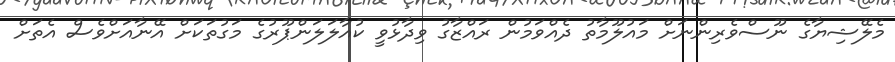
މެލޭޝިޔާގެ ނޫސްވެރިންނަށް މައުލޫމާތު ދެއްވަމުން ރައްޒާގު ވިދާޅުވީ ކުއާލަލަންޕޫރުގެ މަގުތަކަށް އޭނާއަށްވެސް އެތަށް